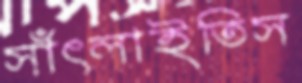
সাঁৎলাইতিস